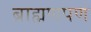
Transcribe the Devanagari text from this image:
ब्राह्मणपण